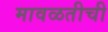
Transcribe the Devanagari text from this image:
मावळतीची